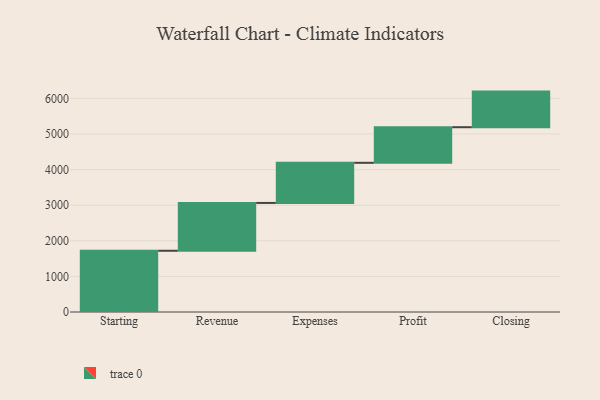
{"axis": {"x": "Step", "y": "Value"}, "legend": [""], "data": [{"x": "Starting", "y": 1720.0, "type": ""}, {"x": "Revenue", "y": 1343.0, "type": ""}, {"x": "Expenses", "y": 1127.0, "type": ""}, {"x": "Profit", "y": 1000, "type": ""}, {"x": "Closing", "y": 1000, "type": ""}]}